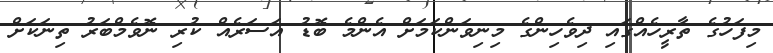
މިފަހުގެ ތާރީހެއްގައި ދިވެހިންގެ މިނިވަންކަމަށް އެންމެ ބޮޑު އަސަރެއް ކުރި ނޮވެމްބަރު ތިނަކަށް